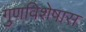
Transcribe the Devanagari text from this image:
गुणविशेषास